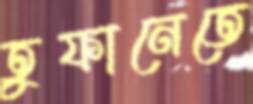
তুফানেতে